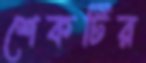
শেকটির